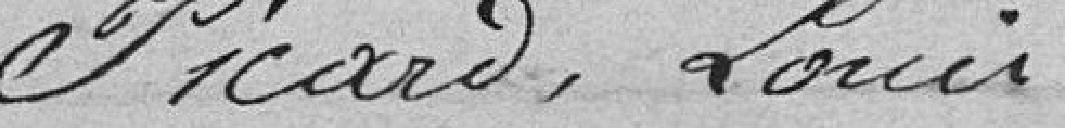
Picard, Louis